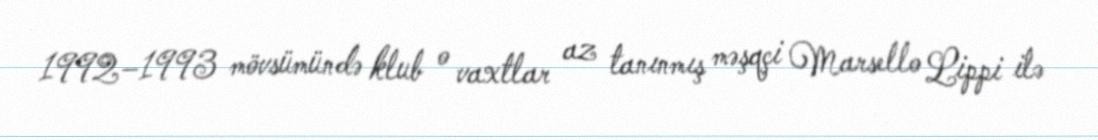
1992–1993 mövsümündə klub o vaxtlar az tanınmış məşqçi Marsello Lippi ilə